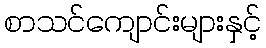
စာသင်ကျောင်းများနှင့်